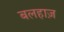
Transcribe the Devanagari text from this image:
बलहाज़